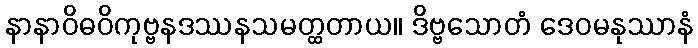
နာနာဝိဓဝိကုဗ္ဗနဒဿနသမတ္ထတာယ။ ဒိဗ္ဗသောတံ ဒေဝမနုဿာနံ